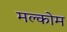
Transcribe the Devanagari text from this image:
मल्कोम